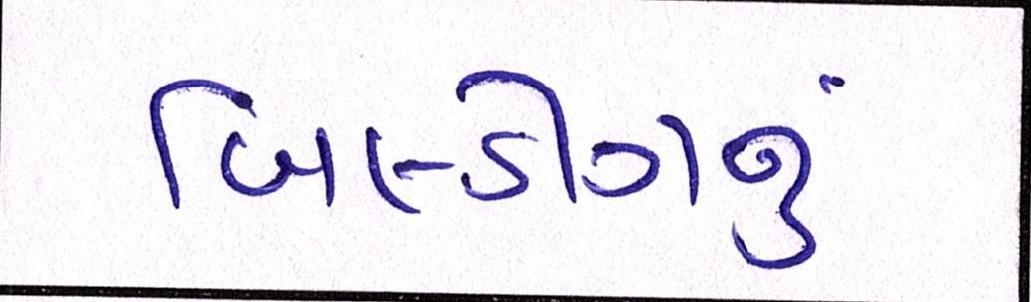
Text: બિલ્ડીંગનું